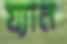
য্যান